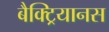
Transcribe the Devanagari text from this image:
बैक्ट्रियानस